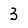
Character: 3